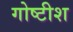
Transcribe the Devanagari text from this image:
गोष्टीश